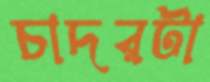
চাদরটা